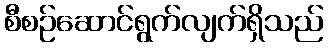
စီစဉ်ဆောင်ရွက်လျက်ရှိသည်